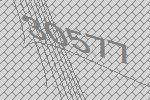
30577